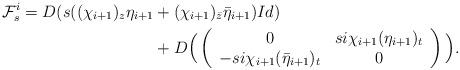
LaTeX: \begin{align*}\mathcal{F}^{i}_s=D(s((\chi_{i+1})_z\eta_{i+1}&+(\chi_{i+1})_{\bar{z}}\bar{\eta}_{i+1})Id)\\&+D\Big(\left(\begin{array}{cc} 0&si\chi_{i+1} (\eta_{i+1})_t\\-si\chi_{i+1} (\bar{\eta}_{i+1})_t&0\end{array}\right)\Big).\end{align*}